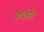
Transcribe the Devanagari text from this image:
नेय्लोर